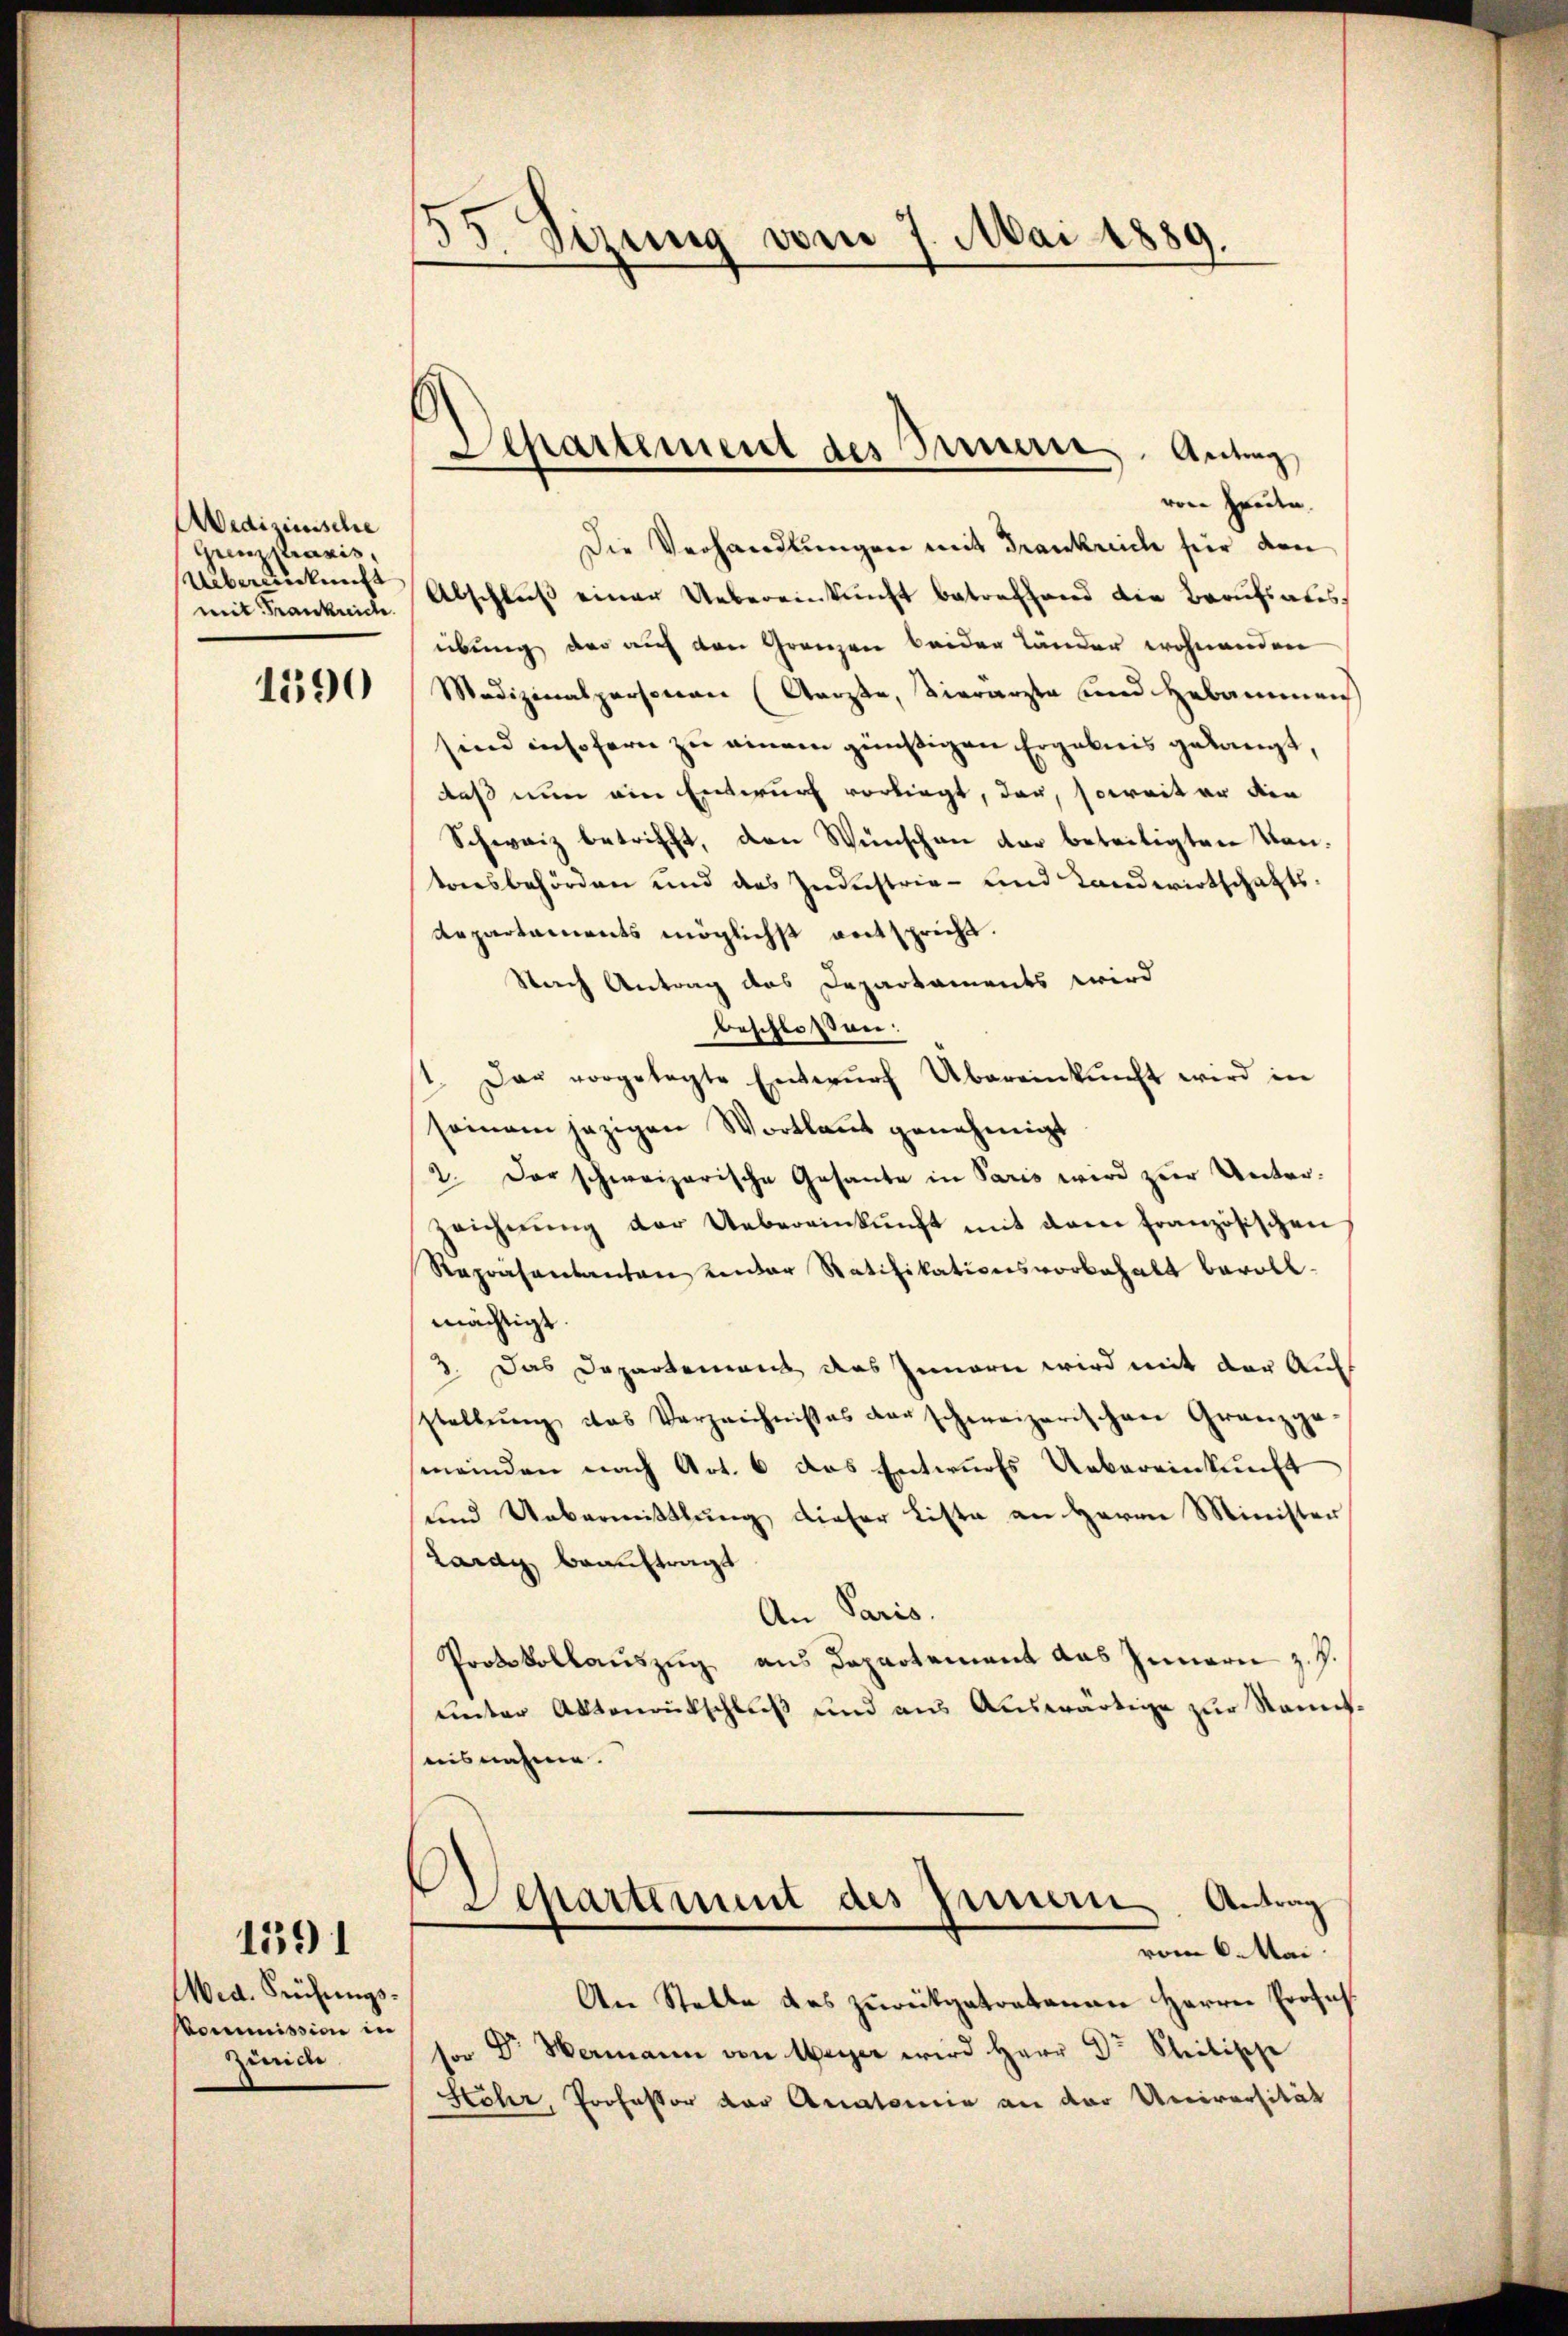
Aedizinische
inistraris,
Übereinkunft
mit Frankreich

1590

Med. Prüfungs¬
Kommission in
zurice

1591

55. Sizung vom 7. Mai 1889.

von Freite.
Die Verhandlungen mit Frankreich für den
Abschlŭβ einer Uebereinkunft betreffend die Berufsaus
übung der auf den Gränzen beider Länder wohnenden
Medizinalpersonen (Gerste, vierarzte und Hebammenh
sind insofern zu einem günstigen Ergebnis gelangt,
daß nun ein Entwurf vorliegt, dar, soweit er den
Schweiz betrifft, den Wünschen der beseitigten Vantoresbehörden und das Zuderstrie- und Landwirtschafts¬
Repartaments möglichst entspricht.
Nach Antrag das Departaments wird
beschlossen:
.
Dar vorgelegte Entwŭrf Übereinkunft wird in
seinem jezigen Wortlaut genehmigt
2. Der schweizerische Gesante in Paris wird zur Unterzeichnŭng der Uebereinkunft mit dem französischen
Repräsentanten unter Ratifikationsvorbehalt bevoll-
mächtigt.
3. Das Departement des Innern wird mit der Aufs
stellŭng das Verzeichnisses der schweizerischen Gränz(...)
meinden nach Art. 6 das Entwurfs Uebereinkunft
und Uebermittlung dieser Liste an Herrn Minister
Lardy beauftragt
An Paris.
Protokollaŭszŭg ans Departement das Innern z. Z.
unter Aktenrückschluß und aus Auswärtige zur Stammtaisnahme.
Separtement des Innern Antrag
vom 6. Mai.
An Stelle des zurückgetretenen Herrn Profes
sor Dr. Wermann von Meyer wird Herr Dr. Stilische
Höhr, Professor der Anatomie an der Universität

Departement des Innern, Antrag